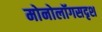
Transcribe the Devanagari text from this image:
मोनोलॉगसदृश